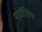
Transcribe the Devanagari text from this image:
एडॉप्टिव